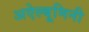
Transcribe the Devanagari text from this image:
अऐल्बूमिनी